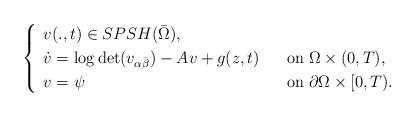
LaTeX: \begin{align*} \begin{cases} \begin{array}{ll} v(.,t)\in SPSH(\bar{\Omega}),\\ \dot{v}=\log\det (v_{\alpha\bar{\beta}})-Av+g(z,t)\;\;\;&\mbox{on}\;\Omega\times (0,T),\\ v=\psi&\mbox{on}\;\partial\Omega\times [0,T).\\ \end{array} \end{cases} \end{align*}